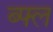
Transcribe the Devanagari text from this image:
ब्फ्ल